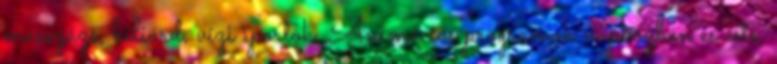
masszázs, biliárd, vízi sportok. Animációs programok napközben és este,